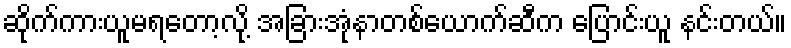
ဆိုက်ကားယူမရတော့လို့ အခြားအုံနာတစ်ယောက်ဆီက ပြောင်းယူ နင်းတယ်။